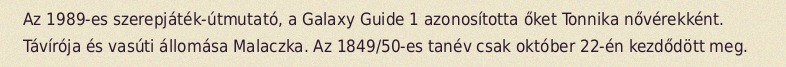
Az 1989-es szerepjáték-útmutató, a Galaxy Guide 1 azonosította őket Tonnika nővérekként. Távírója és vasúti állomása Malaczka. Az 1849/50-es tanév csak október 22-én kezdődött meg.